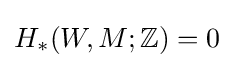
H_{*}(W,M;\mathbb {Z} )=0